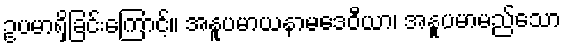
ဥပမာရှိခြင်းကြောင့်။ အနူပမာယနာမဒေဝီယာ၊ အနူပမာမည်သော